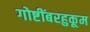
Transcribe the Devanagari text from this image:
गोष्टींबरहुकूम